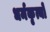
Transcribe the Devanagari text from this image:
धर्मकृत्यों